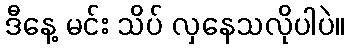
ဒီနေ့ မင်း သိပ် လှနေသလိုပါပဲ။